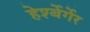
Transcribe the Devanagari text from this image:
हेर्श्बेर्गेर